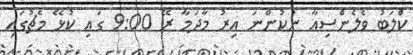
ކްލަބު ވެލެންސިއާ ނުކުންނަ އިރު މާދަމާ ރޭ 9:00 ގައި ކުޅޭ މެޗުގައި